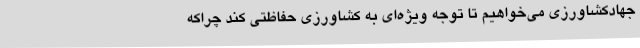
جهادکشاورزی می‌خواهیم تا توجه ویژه‌ای به کشاورزی حفاظتی کند چراکه